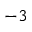
^ { - 3 }